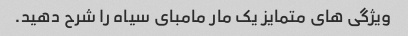
ویژگی های متمایز یک مار مامبای سیاه را شرح دهید.